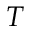
T